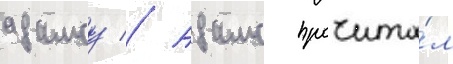
адамсу // Адамс прочита́л